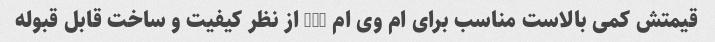
قیمتش کمی بالاست مناسب برای ام وی ام 315 از نظر کیفیت و ساخت قابل قبوله